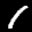
Label: 1